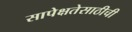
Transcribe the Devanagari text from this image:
सापेक्षतेसाठीची